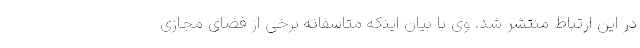
در این ارتباط منتشر شد. وی با بیان اینکه متاسفانه برخی از فضای مجازی